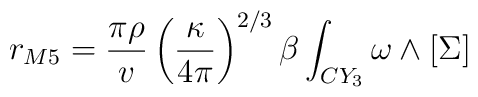
r_{M5} = \frac{\pi\rho}{v}\left(\frac{\kappa}{4\pi}\right)^{2/3}          \beta \int_{CY_3} \omega \wedge [\Sigma ]